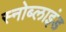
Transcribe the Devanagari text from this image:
स्नोब्लाइंड